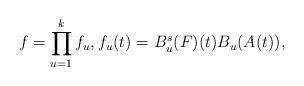
LaTeX: \begin{align*}f= \prod_{u=1}^k f_u, f_u(t)=B_u^s(F)(t) B_u(A(t)),\end{align*}